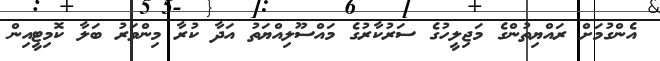
އެންގުމަށް ރައްޔިތުންގެ މަޖިލީހުގެ ސަރުކާރުގެ މައްސޫލިއްޔަތު އަދާ ކުރާ މިންވަރު ބަލާ ކޮމިޓީއިން